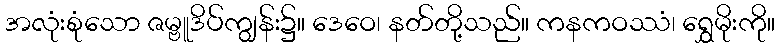
အလုံးစုံသော ဇမ္ဗူဒိပ်ကျွန်း၌။ ဒေဝေ၊ နတ်တို့သည်။ ကနကဝဿံ၊ ရွှေမိုးကို။